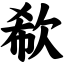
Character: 欷